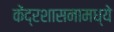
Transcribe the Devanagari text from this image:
केंद्रशासनामध्ये